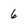
Character: 6